Indian journal of veterinary science and animal husbandry - Volume 10,
Year: 1940
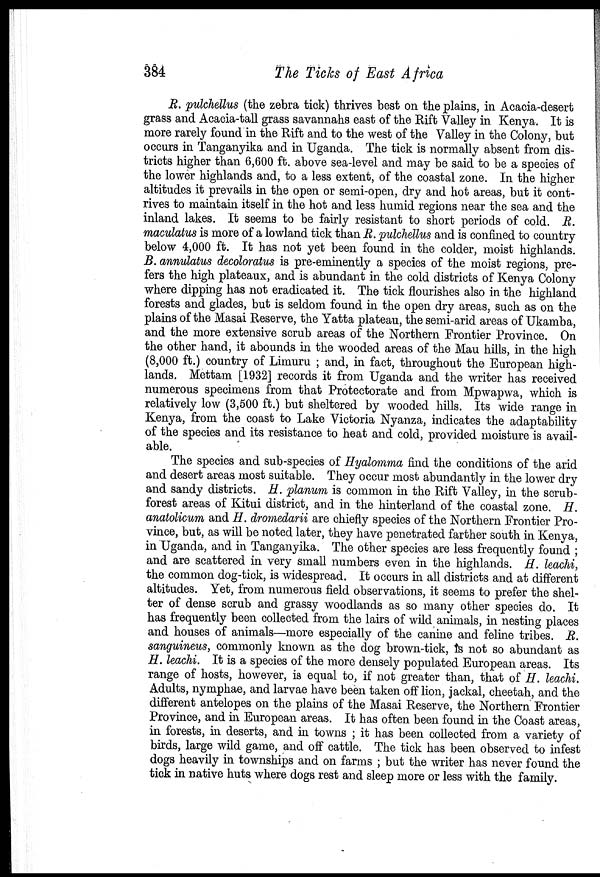
384
The Ticks of East Africa
R. pulchellus (the zebra tick) thrives best on the plains, in Acacia-desert
grass and Acacia-tall grass savannahs east of the Rift Valley in Kenya. It is
more rarely found in the Rift and to the west of the Valley in the Colony, but
occurs in Tanganyika and in Uganda. The tick is normally absent from dis-
tricts higher than 6,600 ft. above sea-level and may be said to be a species of
the lower highlands and, to a less extent, of the coastal zone. In the higher
altitudes it prevails in the open or semi-open, dry and hot areas, but it cont-
rives to maintain itself in the hot and less humid regions near the sea and the
inland lakes. It seems to be fairly resistant to short periods of cold. R.
maculatus is more of a lowland tick than R. pulchellus and is confined to country
below 4,000 ft. It has not yet been found in the colder, moist highlands.
B. annulatus decoloratus is pre-eminently a species of the moist regions, pre-
fers the high plateaux, and is abundant in the cold districts of Kenya Colony
where dipping has not eradicated it. The tick flourishes also in the highland
forests and glades, but is seldom found in the open dry areas, such as on the
plains of the Masai Reserve, the Yatta plateau, the semi-arid areas of Ukamba,
and the more extensive scrub areas of the Northern Frontier Province. On
the other hand, it abounds in the wooded areas of the Mau hills, in the high
(8,000 ft.) country of Limuru ; and, in fact, throughout the European high-
lands. Mettam [1932] records it from Uganda and the writer has received
numerous specimens from that Protectorate and from Mpwapwa, which is
relatively low (3,500 ft.) but sheltered by wooded hills. Its wide range in
Kenya, from the coast to Lake Victoria Nyanza, indicates the adaptability
of the species and its resistance to heat and cold, provided moisture is avail-
able.
The species and sub-species of Hyalomma find the conditions of the arid
and desert areas most suitable. They occur most abundantly in the lower dry
and sandy districts. H. planum is common in the Rift Valley, in the scrub¬
forest areas of Kitui district, and in the hinterland of the coastal zone. H.
anatolicum and H. dromedarii are chiefly species of the Northern Frontier Pro-
vince, but, as will be noted later, they have penetrated farther south in Kenya,
in Uganda, and in Tanganyika. The other species are less frequently found ;
and are scattered in very small numbers even in the highlands. H. leachi,
the common dog-tick, is widespread. It occurs in all districts and at different
altitudes. Yet, from numerous field observations, it seems to prefer the shel-
ter of dense scrub and grassy woodlands as so many other species do. It
has frequently been collected from the lairs of wild animals, in nesting places
and houses of animals—more especially of the canine and feline tribes. R.
sanguineus, commonly known as the dog brown-tick, is not so abundant as
H. leachi. It is a species of the more densely populated European areas. Its
range of hosts, however, is equal to, if not greater than, that of H. leachi.
Adults, nymphae, and larvae have been taken off lion, jackal, cheetah, and the
different antelopes on the plains of the Masai Reserve, the Northern Frontier
Province, and in European areas. It has often been found in the Coast areas,
in forests, in deserts, and in towns ; it has been collected from a variety of
birds, large wild game, and off cattle. The tick has been observed to infest
dogs heavily in townships and on farms ; but the writer has never found the
tick in native huts where dogs rest and sleep more or less with the family.